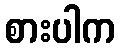
စားပါက